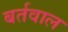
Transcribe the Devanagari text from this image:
बर्तवाल